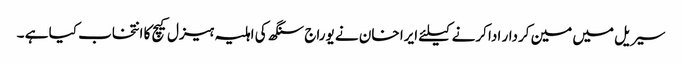
سیریل میں مین کردار ادا کرنے کیلئے ایرا خان نے یوراج سنگھ کی اہلیہ ہیزل کیچ کا انتخاب کیا ہے ۔